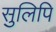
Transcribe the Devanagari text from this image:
सुलिपि